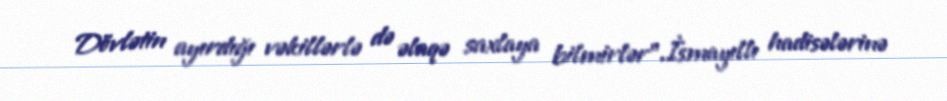
Dövlətin ayırdığı vəkillərlə də əlaqə saxlaya bilmirlər”.İsmayıllı hadisələrinə